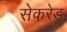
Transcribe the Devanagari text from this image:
सेकरेड